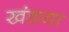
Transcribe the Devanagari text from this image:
खंडया